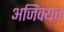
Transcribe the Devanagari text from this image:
अजिंक्यच